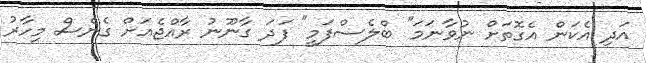
އަދި އެކަން އެގޮތަށް ނުވާނަމަ" ބްލެސްފަމީ" ފަދަ ގާނޫނު ރާއްޖެއަށް ގެނެސް މިހާރު